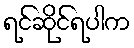
ရင်ဆိုင်ရပါက